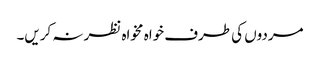
مردوں کی طرف خواہ مخواہ نظر نہ کریں۔